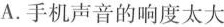
A.手机声音的响度太大